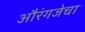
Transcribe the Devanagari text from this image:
औरंगजेचा